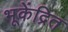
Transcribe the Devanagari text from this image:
भूकेंद्रित